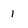
Character: I